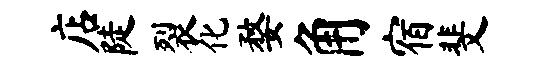
店陡裂化婺角宿斐